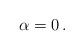
LaTeX: \begin{align*}\alpha=0\,.\end{align*}